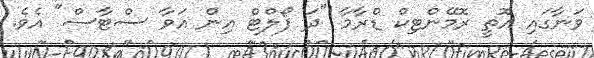
ވަނާގައި އޮތީ ރޮމޭންޓިކް ޑްރާމާ "ދަ ފޯލްޓް އިން އަވާ ސްޓާސް" އެވެ.